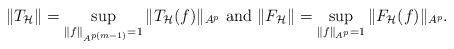
LaTeX: \begin{align*} \|T_\mathcal{H}\|=\sup_{\|f\|_{A^{p(m-1)}}=1}\|T_\mathcal{H}(f)\|_{A^p}\mbox{ and } \|F_\mathcal{H}\|=\sup_{\|f\|_{A^p}=1}\|F_\mathcal{H}(f)\|_{A^p}.\end{align*}